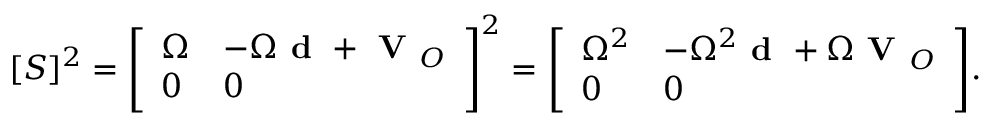
[ S ] ^ { 2 } = { \left[ \begin{array} { l l } { \Omega } & { - \Omega { \textbf { d } } + { \textbf { V } } _ { O } } \\ { 0 } & { 0 } \end{array} \right] } ^ { 2 } = { \left[ \begin{array} { l l } { \Omega ^ { 2 } } & { - \Omega ^ { 2 } { \textbf { d } } + \Omega { \textbf { V } } _ { O } } \\ { 0 } & { 0 } \end{array} \right] } .